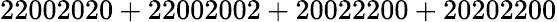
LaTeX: \mathrm{22002020+22002002+20022200+20202200}